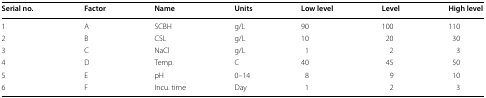
<table><thead><tr><td><b>Serial no.</b></td><td><b>Factor</b></td><td><b>Name</b></td><td><b>Units</b></td><td><b>Low level</b></td><td><b>Level</b></td><td><b>High level</b></td></tr></thead><tbody><tr><td>1</td><td>A</td><td>SCBH</td><td>g/L</td><td>90</td><td>100</td><td>110</td></tr><tr><td>2</td><td>B</td><td>CSL</td><td>g/L</td><td>10</td><td>20</td><td>30</td></tr><tr><td>3</td><td>C</td><td>NaCl</td><td>g/L</td><td>1</td><td>2</td><td>3</td></tr><tr><td>4</td><td>D</td><td>Temp.</td><td>C</td><td>40</td><td>45</td><td>50</td></tr><tr><td>5</td><td>E</td><td>pH</td><td>0–14</td><td>8</td><td>9</td><td>10</td></tr><tr><td>6</td><td>F</td><td>Incu. time</td><td>Day</td><td>1</td><td>2</td><td>3</td></tr></tbody></table>